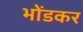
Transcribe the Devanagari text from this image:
भोंडकर